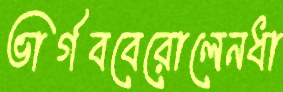
ভার্গববেরোলেনধা